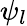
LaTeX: \psi_{l}